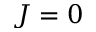
J = 0